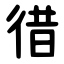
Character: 徣